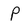
Character: P